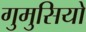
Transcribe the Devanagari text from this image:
गुमुसियो